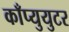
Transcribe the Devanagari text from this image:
काँप्युयुटर